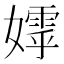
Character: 𭒢